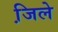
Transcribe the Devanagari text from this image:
जि़ले